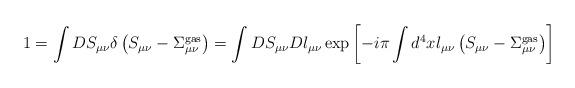
LaTeX: \begin{align*}1=\int DS_{\mu\nu}\delta\left(S_{\mu\nu}-\Sigma_{\mu\nu}^{\rm gas}\right)=\int DS_{\mu\nu}Dl_{\mu\nu}\exp\left[-i\pi\int d^4x l_{\mu\nu}\left(S_{\mu\nu}-\Sigma_{\mu\nu}^{\rm gas}\right)\right]\end{align*}